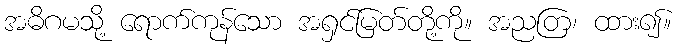
အဓိဂမသို့ ရောက်ကုန်သော အရှင်မြတ်တို့ကို။ အညတြ၊ ထား၍။